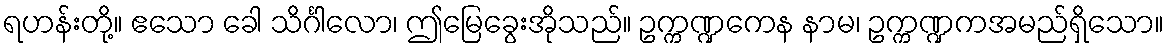
ရဟန်းတို့။ ဧသော ခေါ သိင်္ဂါလော၊ ဤမြေခွေးအိုသည်။ ဥက္ကဏ္ဍကေန နာမ၊ ဥက္ကဏ္ဍကအမည်ရှိသော။